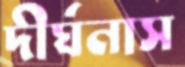
দীর্ঘনাস